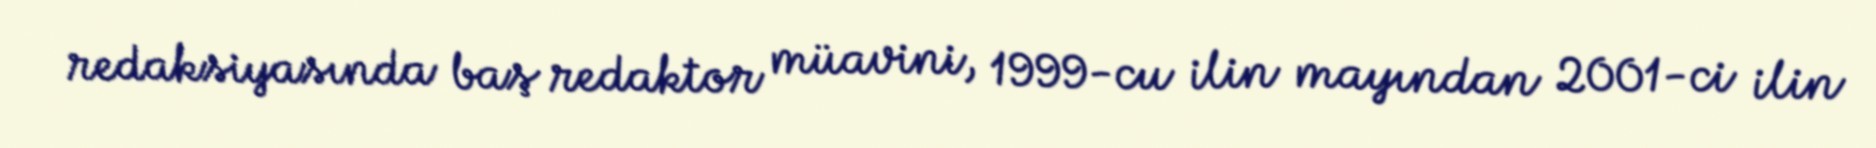
redaksiyasında baş redaktor müavini, 1999-cu ilin mayından 2001-ci ilin